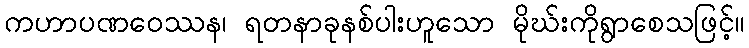
ကဟာပဏဝေဿန၊ ရတနာခုနစ်ပါးဟူသော မိုဃ်းကိုရွာစေသဖြင့်။